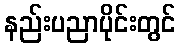
နည်းပညာပိုင်းတွင်